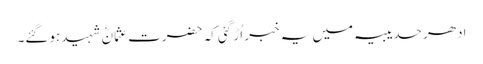
ادھر حدیبیہ میں یہ خبر اُڑ گئی کہ حضرت عثمانؓ شہید ہوگئے۔